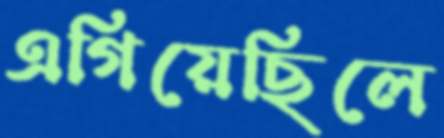
এগিয়েছিলে